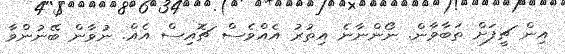
އިން ޗީފަށް ތަބާވާން. ނޯންނާނެ އިތުރު އެއްވެސް ޗޮއިސް އެއް. ނުވާން ބޭނުންވާ